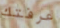
عرفتك